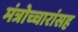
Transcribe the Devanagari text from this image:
मंत्रोच्चारांसह